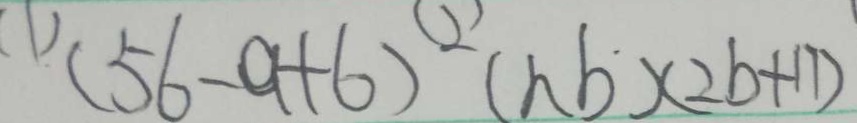
^ { ( 1 ) } ( 5 6 - 9 + 6 ) ^ { ( 2 ) } ( n b ) ( 2 b + 1 7 )